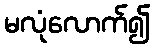
မလုံလောက်၍